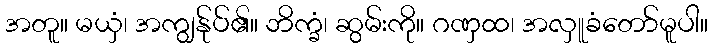
အတူ။ မယှံ၊ အကျွန်ုပ်၏။ ဘိက္ခံ၊ ဆွမ်းကို။ ဂဏှထ၊ အလှူခံတော်မူပါ။